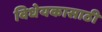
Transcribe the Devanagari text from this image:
विधेयकासाठी